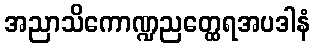
အညာသိကောဏ္ဍညတ္ထေရအပဒါနံ